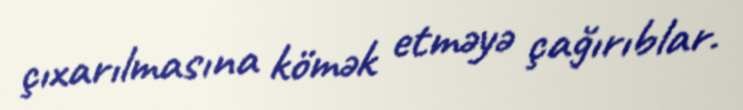
çıxarılmasına kömək etməyə çağırıblar.